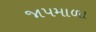
જાપમાળા